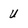
Character: U